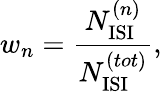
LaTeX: w_{n}=\frac{N_{\mathrm{ISI}}^{(n)}}{N_{\mathrm{ISI}}^{(tot)}},